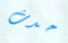
حدث